Leaving Certificate Examination (including Day School Certificate (Higher) General paper), 1934
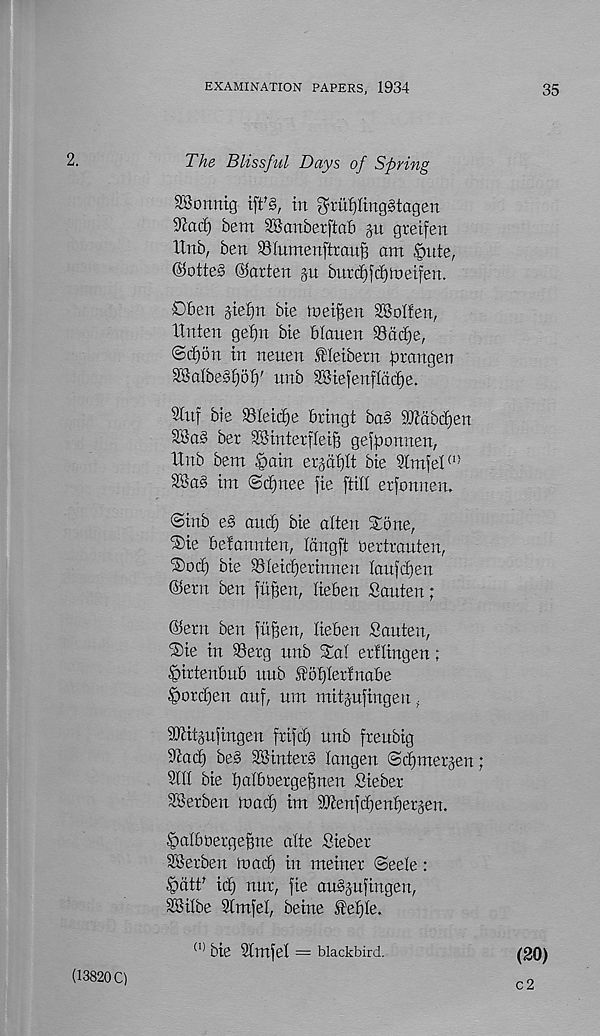
EXAMINATION PAPERS, 1934
35
2.
The Blissful Days of Spring
-Sorung ift% in ^rufjlinggtagen
9cac!) bent SBanberftab gn gtetfen
Xlnb, ben SIumenftrauB ant §ute,
@otte§ ©arten gu burdfjftfjmetfen.
Dben gief)n bie toeifien 9®oI!en,
llnten gefjn bte blauen 93dcl)e,
@rf)5n in nenen Meibern prangen
SSalbeS^oty unb 28iefenfidcf)e.
SCnf bie $8Ieic^e bringt ba§ 9J?dbdi)en
3Sa§ ber 9Kinterfleig gefponnen,
ttnb bent §ain ergdfjtt bie 9tmfet (1!
SSa§ im @d)nee fie [tilt erfonnen,
<3inb e§ anct) bie alien Stone,
®ie befannten, Idngft oertrauten,
®odi bie 93Ieid)erinnen laufdjen
©ern ben fufien, tieben Sauten;
©ern ben fii^en, tieben Sauten,
®te in SSerg nnb Sat erttingen;
^irtenbub nub f of)tertnabe
^)orct)en attf, um ntitgufiugeu,
SJtitgufingen frifct) unb freubig
9ta(b) be§ 2Binter§ tangen ®c£)ntergen;
9111 bie batbOergeftnen Siebet
Set ben ro ad} int 9Jteufct)enbergen.
Satboergebne atte Sieber
SSerben inacb in meiner ©eete:
^)dtt t icf) nur, fie auSgufingen,
dBitbe Stmfet, beine ^efjte.
(20)
(13820 C)
(1) bie 9tmfet = blackbird.
c2